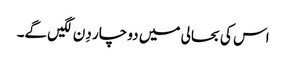
اس کی بحالی میں دو چار دِن لگیں گے۔